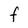
Character: F